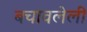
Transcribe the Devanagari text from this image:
बचावलेली